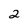
Character: 2